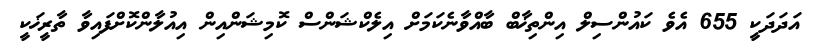
އަދަދަކީ 655 އެވެ ކައުންސިލް އިންތިޚާބް ބާއްވާނެކަމަށް އިލެކްޝަންސް ކޮމިޝަންއިން އިއުލާންކޮށްފައިވާ ތާރީޚަކީ